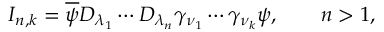
I _ { n , k } = \overline { { { \psi } } } D _ { \lambda _ { 1 } } \cdots D _ { \lambda _ { n } } \gamma _ { \nu _ { 1 } } \cdots \gamma _ { \nu _ { k } } \psi , \qquad n > 1 ,